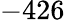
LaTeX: -426